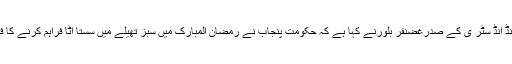
25 مئی2018ء) فیڈریشن آف پا کستا ن چیمبرز آف کامرس اینڈ انڈ سٹر ی کے صدرغضنفر بلورنے کہا ہے کہ حکومت پنجاب نے رمضان المبارک میں سبز تھیلے میں سستا آٹا فراہم کرنے کا فیصلہ کیا ہے جس سے فائدے کے بجائے الٹانقصان ہو رہا ہے۔